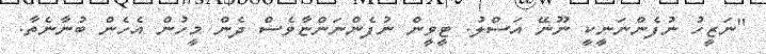
"ނަޒީހު ނުފެންނަނީކީ ނޫނޭ އަސްލު. ޓީވީން ނުފެންނަންޏާވެސް ދެން މީހުން އެހެން ބުނާނެތާ.